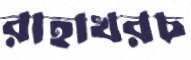
রাহাখরচ